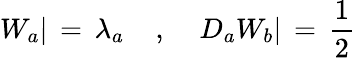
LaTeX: W_{a}|\, =\, \lambda_{a}\; \; \; \; ,\; \; \; \; D_{a}W_{b}|\, =\, \frac{1}{2}